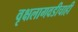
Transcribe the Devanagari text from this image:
वृक्षलागवडीचाही